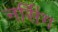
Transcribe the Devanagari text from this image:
नर्सि॑ग